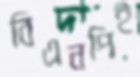
বিএনপিই